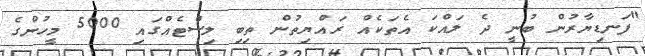
"ފަނޑިޔާރުން ބުނީ ދެ ލައްކަ އެތަކެއް ރައްޔިތުން ތިބި ލިސްޓެއްގައި 5000 މީހުންގެ